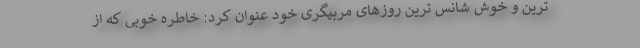
ترین و خوش شانس ترین روزهای مربیگری خود عنوان کرد: خاطره خوبی که از